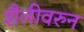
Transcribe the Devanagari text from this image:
शैलीवरुन